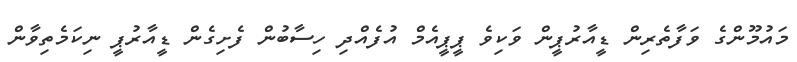
މައުމޫންގެ ވަފާތެރިން ޑީއާރުޕީން ވަކިވެ ޕީޕީއެމް އުފެއްދި ހިސާބުން ފެށިގެން ޑީއާރުޕީ ނިކަމެތިވާން